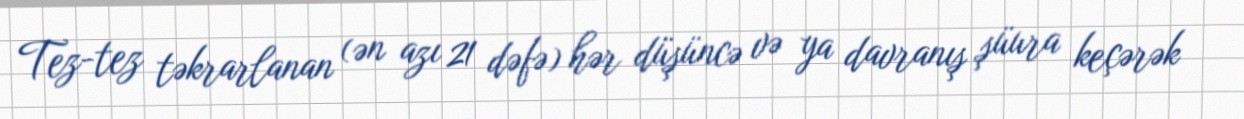
Tez-tez təkrarlanan (ən azı 21 dəfə) hər düşüncə və ya davranış şüura keçərək